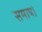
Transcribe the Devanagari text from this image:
समाय।